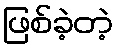
ဖြစ်ခဲ့တဲ့